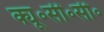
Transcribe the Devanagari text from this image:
क्यू॰सी॰सी॰